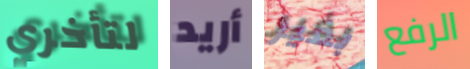
لتأخري أريد بغير الرفع